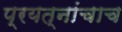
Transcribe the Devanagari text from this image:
प्रयत्‍नांचाच